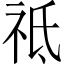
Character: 祗